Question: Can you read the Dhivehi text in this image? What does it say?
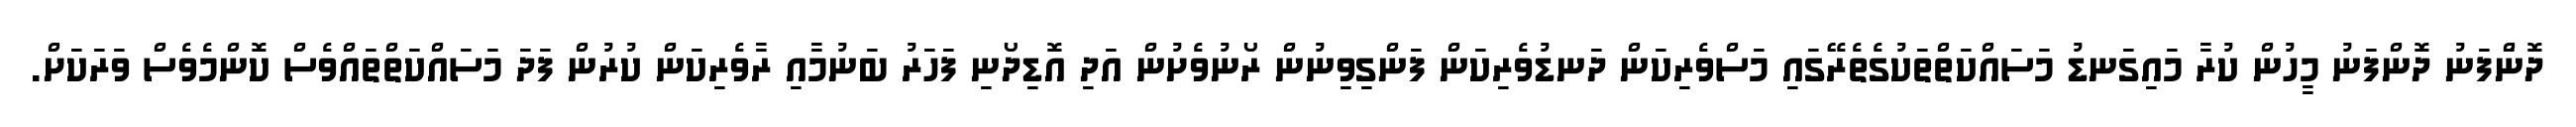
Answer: ދޮނަްފަނު ދޮންފަނު މީހުން ކުރާ މައިގަނޑު މަސައްކަތްތަކުގެތެރޭގައި މަސްވެރިކަން ދަނޑުވެރިކަން ފަންގިވިނުން ރޯނުވެށުން އަދި އޮޑިދޯނި ފަހަރު ބަނުމާއި ރާވެރިކަން ކުރުން ފަދަ މަސައްކަތްތައްވެސް ކޮންމެވެސް ވަރަކަށް.